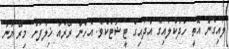
ލައިގެން އޮތީ ހުދުކުލައިގެ އާދައިގެ ޓީޝާޓެކެވެ. އެހެން ރޭރެއާ ޚިލާފަށް މިރޭ ޔާނާ